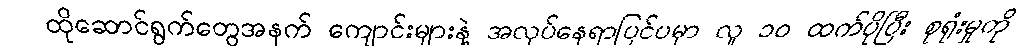
ထိုဆောင်ရွက်တွေအနက် ကျောင်းများနဲ့ အလုပ်နေရာပြင်ပမှာ လူ ၁၀ ထက်ပိုပြီး စုရုံးမှုကို